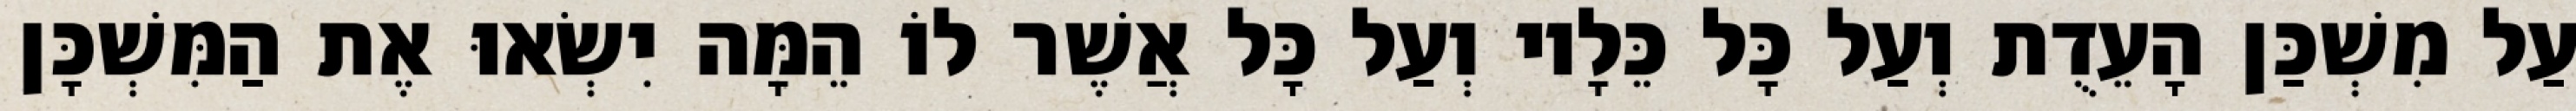
עַל מִשְׁכַּן הָעֵדֻת וְעַל כָּל כֵּלָיו וְעַל כָּל אֲשֶׁר לוֹ הֵמָּה יִשְׂאוּ אֶת הַמִּשְׁכָּן